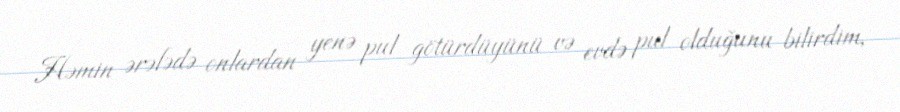
Həmin ərəfədə onlardan yenə pul götürdüyünü və evdə pul olduğunu bilirdim,